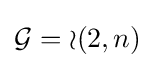
{\mathcal {G}}={\mathcal {o}}(2,n)